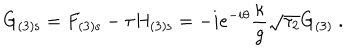
G _ { ( 3 ) \mathrm { s } } = F _ { ( 3 ) \mathrm { s } } - \tau H _ { ( 3 ) \mathrm { s } } = - i e ^ { - i \theta } \frac { \kappa } { g } \sqrt { \tau _ { 2 } } G _ { ( 3 ) } \ .